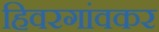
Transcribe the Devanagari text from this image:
हिवरगांवकर